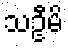
သဦမိ